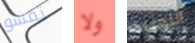
تقسو ولا النوعية